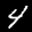
Label: 4